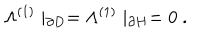
\Lambda ^ { ( 1 ) } \mid _ { \partial D } = \Lambda ^ { ( 1 ) } \mid _ { \partial H } = 0 \ .